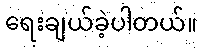
ရေးချယ်ခဲ့ပါတယ်။